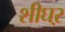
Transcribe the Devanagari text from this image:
शीघऱ